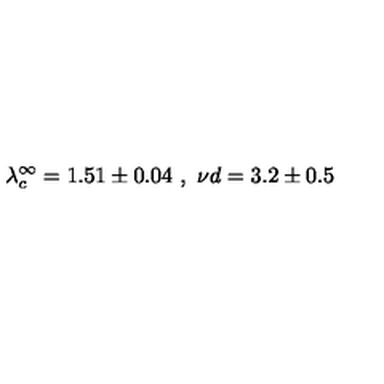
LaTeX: \lambda _ { c } ^ { \infty } = 1 . 5 1 \pm 0 . 0 4 \ , \ { { \nu } d } = 3 . 2 \pm 0 . 5